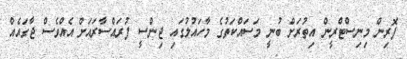
ފޮރިން މިނިސްޓްރީން އިތުރަށް ބުނީ މަސައްކަތުގެ މާހައުލުގައި ޖިންސީ ފުރައްސާރައަށް އެއްވެސް ޖާގައެއް